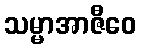
သမ္မာအာဇီဝေ